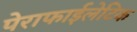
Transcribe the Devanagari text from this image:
पेराफाईलेटिक